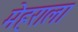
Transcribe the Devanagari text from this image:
मेहराला